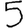
Digit: 5